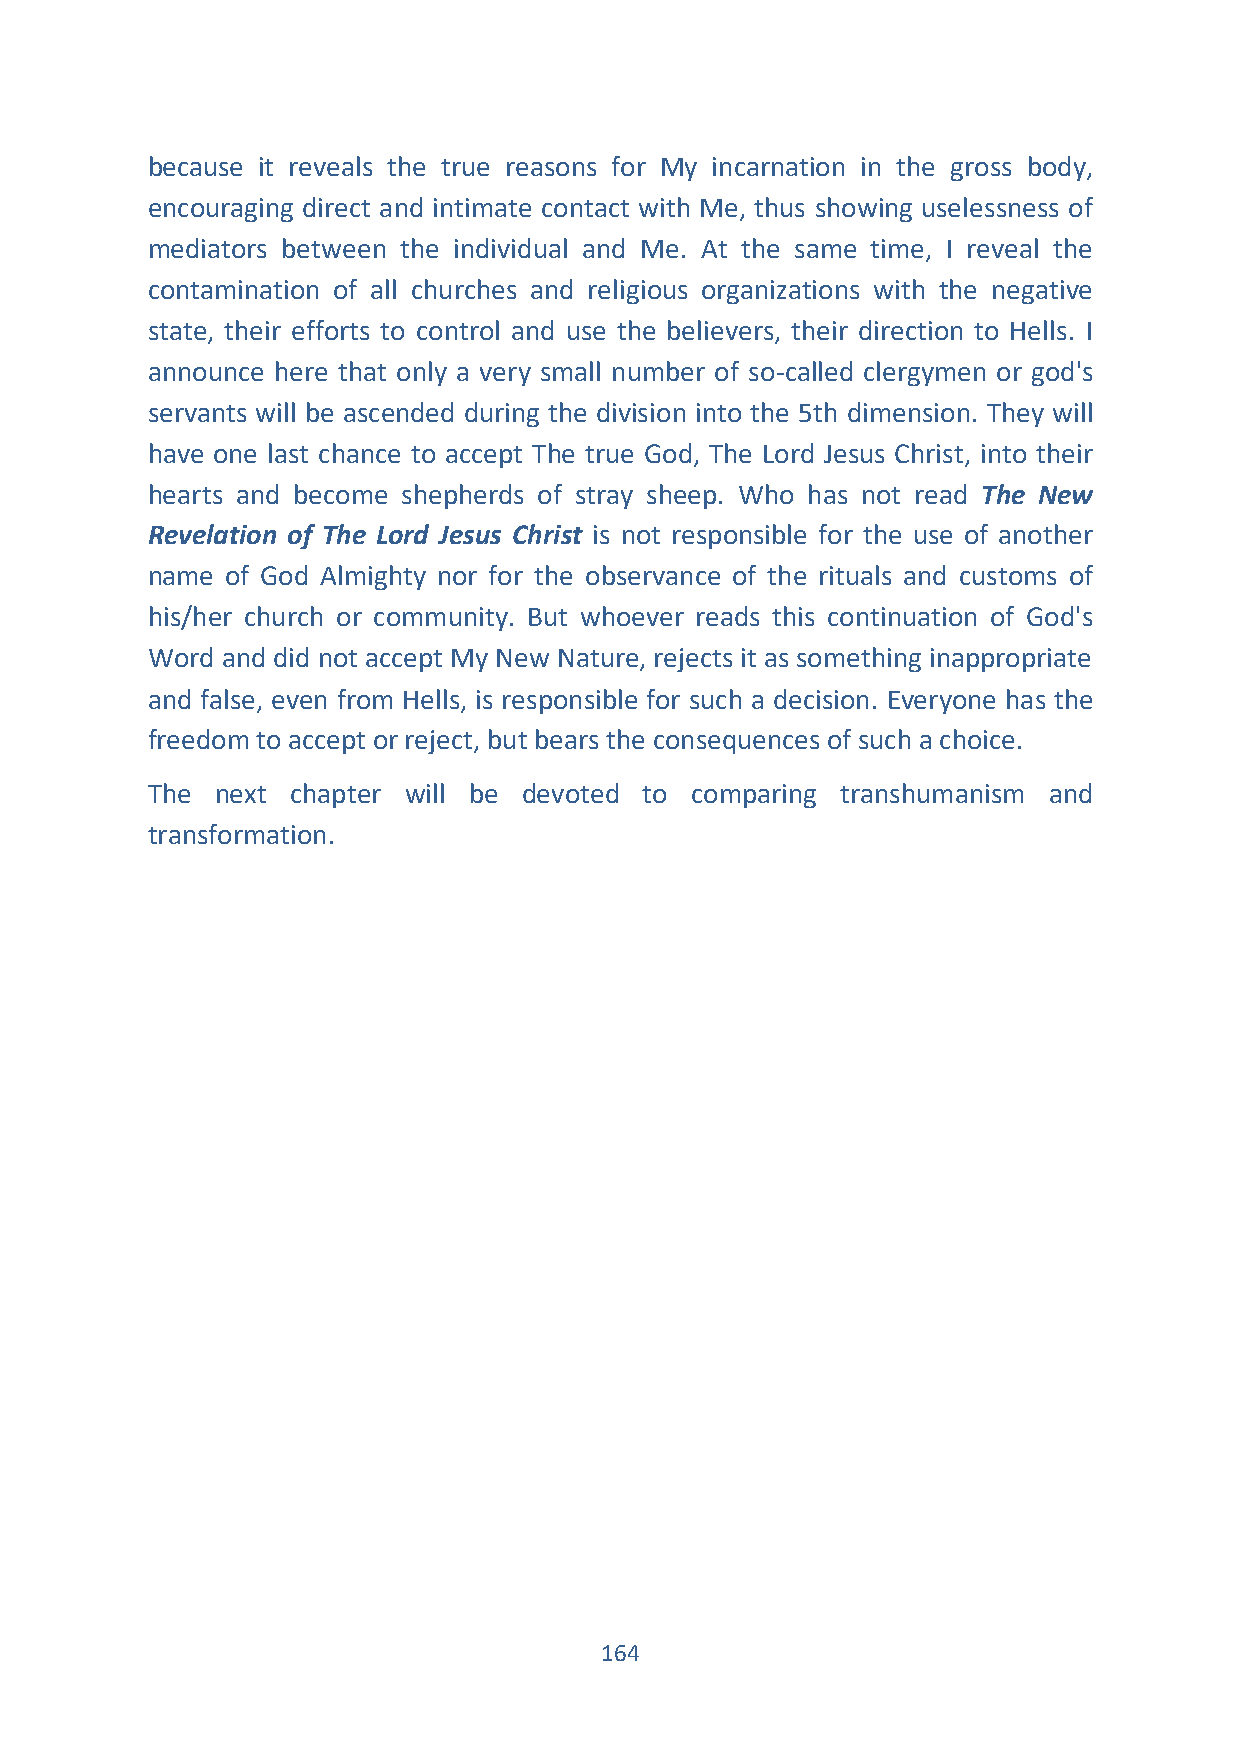
because it reveals the true reasons for My incarnation in the gross body,
 encouraging direct and intimate contact with Me, thus showing uselessness of
 mediators between the individual and Me. At the same time, I reveal the
 contamination of all churches and religious organizations with the negative
 state, their efforts to control and use the believers, their direction to Hells. I
 announce here that only a very small number of so-called clergymen or god's
 servants will be ascended during the division into the 5th dimension. They will
 have one last chance to accept The true God, The Lord Jesus Christ, into their
 hearts and become shepherds of stray sheep. Who has not read The New
 Revelation of The Lord Jesus Christ is not responsible for the use of another
 name of God Almighty nor for the observance of the rituals and customs of
 his/her church or community. But whoever reads this continuation of God's
 Word and did not accept My New Nature, rejects it as something inappropriate
 and false, even from Hells, is responsible for such a decision. Everyone has the
 freedom to accept or reject, but bears the consequences of such a choice.
 The next chapter will be devoted to comparing transhumanism and
 transformation.
 164